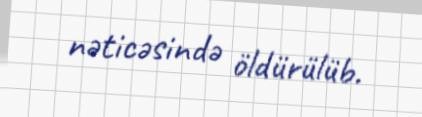
nəticəsində öldürülüb.